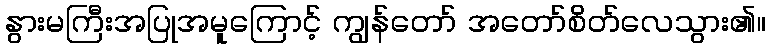
နွားမကြီးအပြုအမူကြောင့် ကျွန်တော် အတော်စိတ်လေသွား၏။